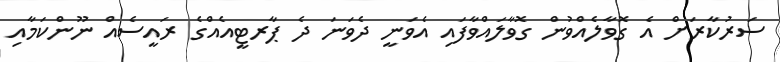
ސަރުކާރަށް އެ ގޮވާލެއްވުން ގޮވާލައްވާފައި އެވަނީ ދެވަނަ ދެ ޕާރޓީއެއްގެ ރައީސެއް ނޫންކަމާއި